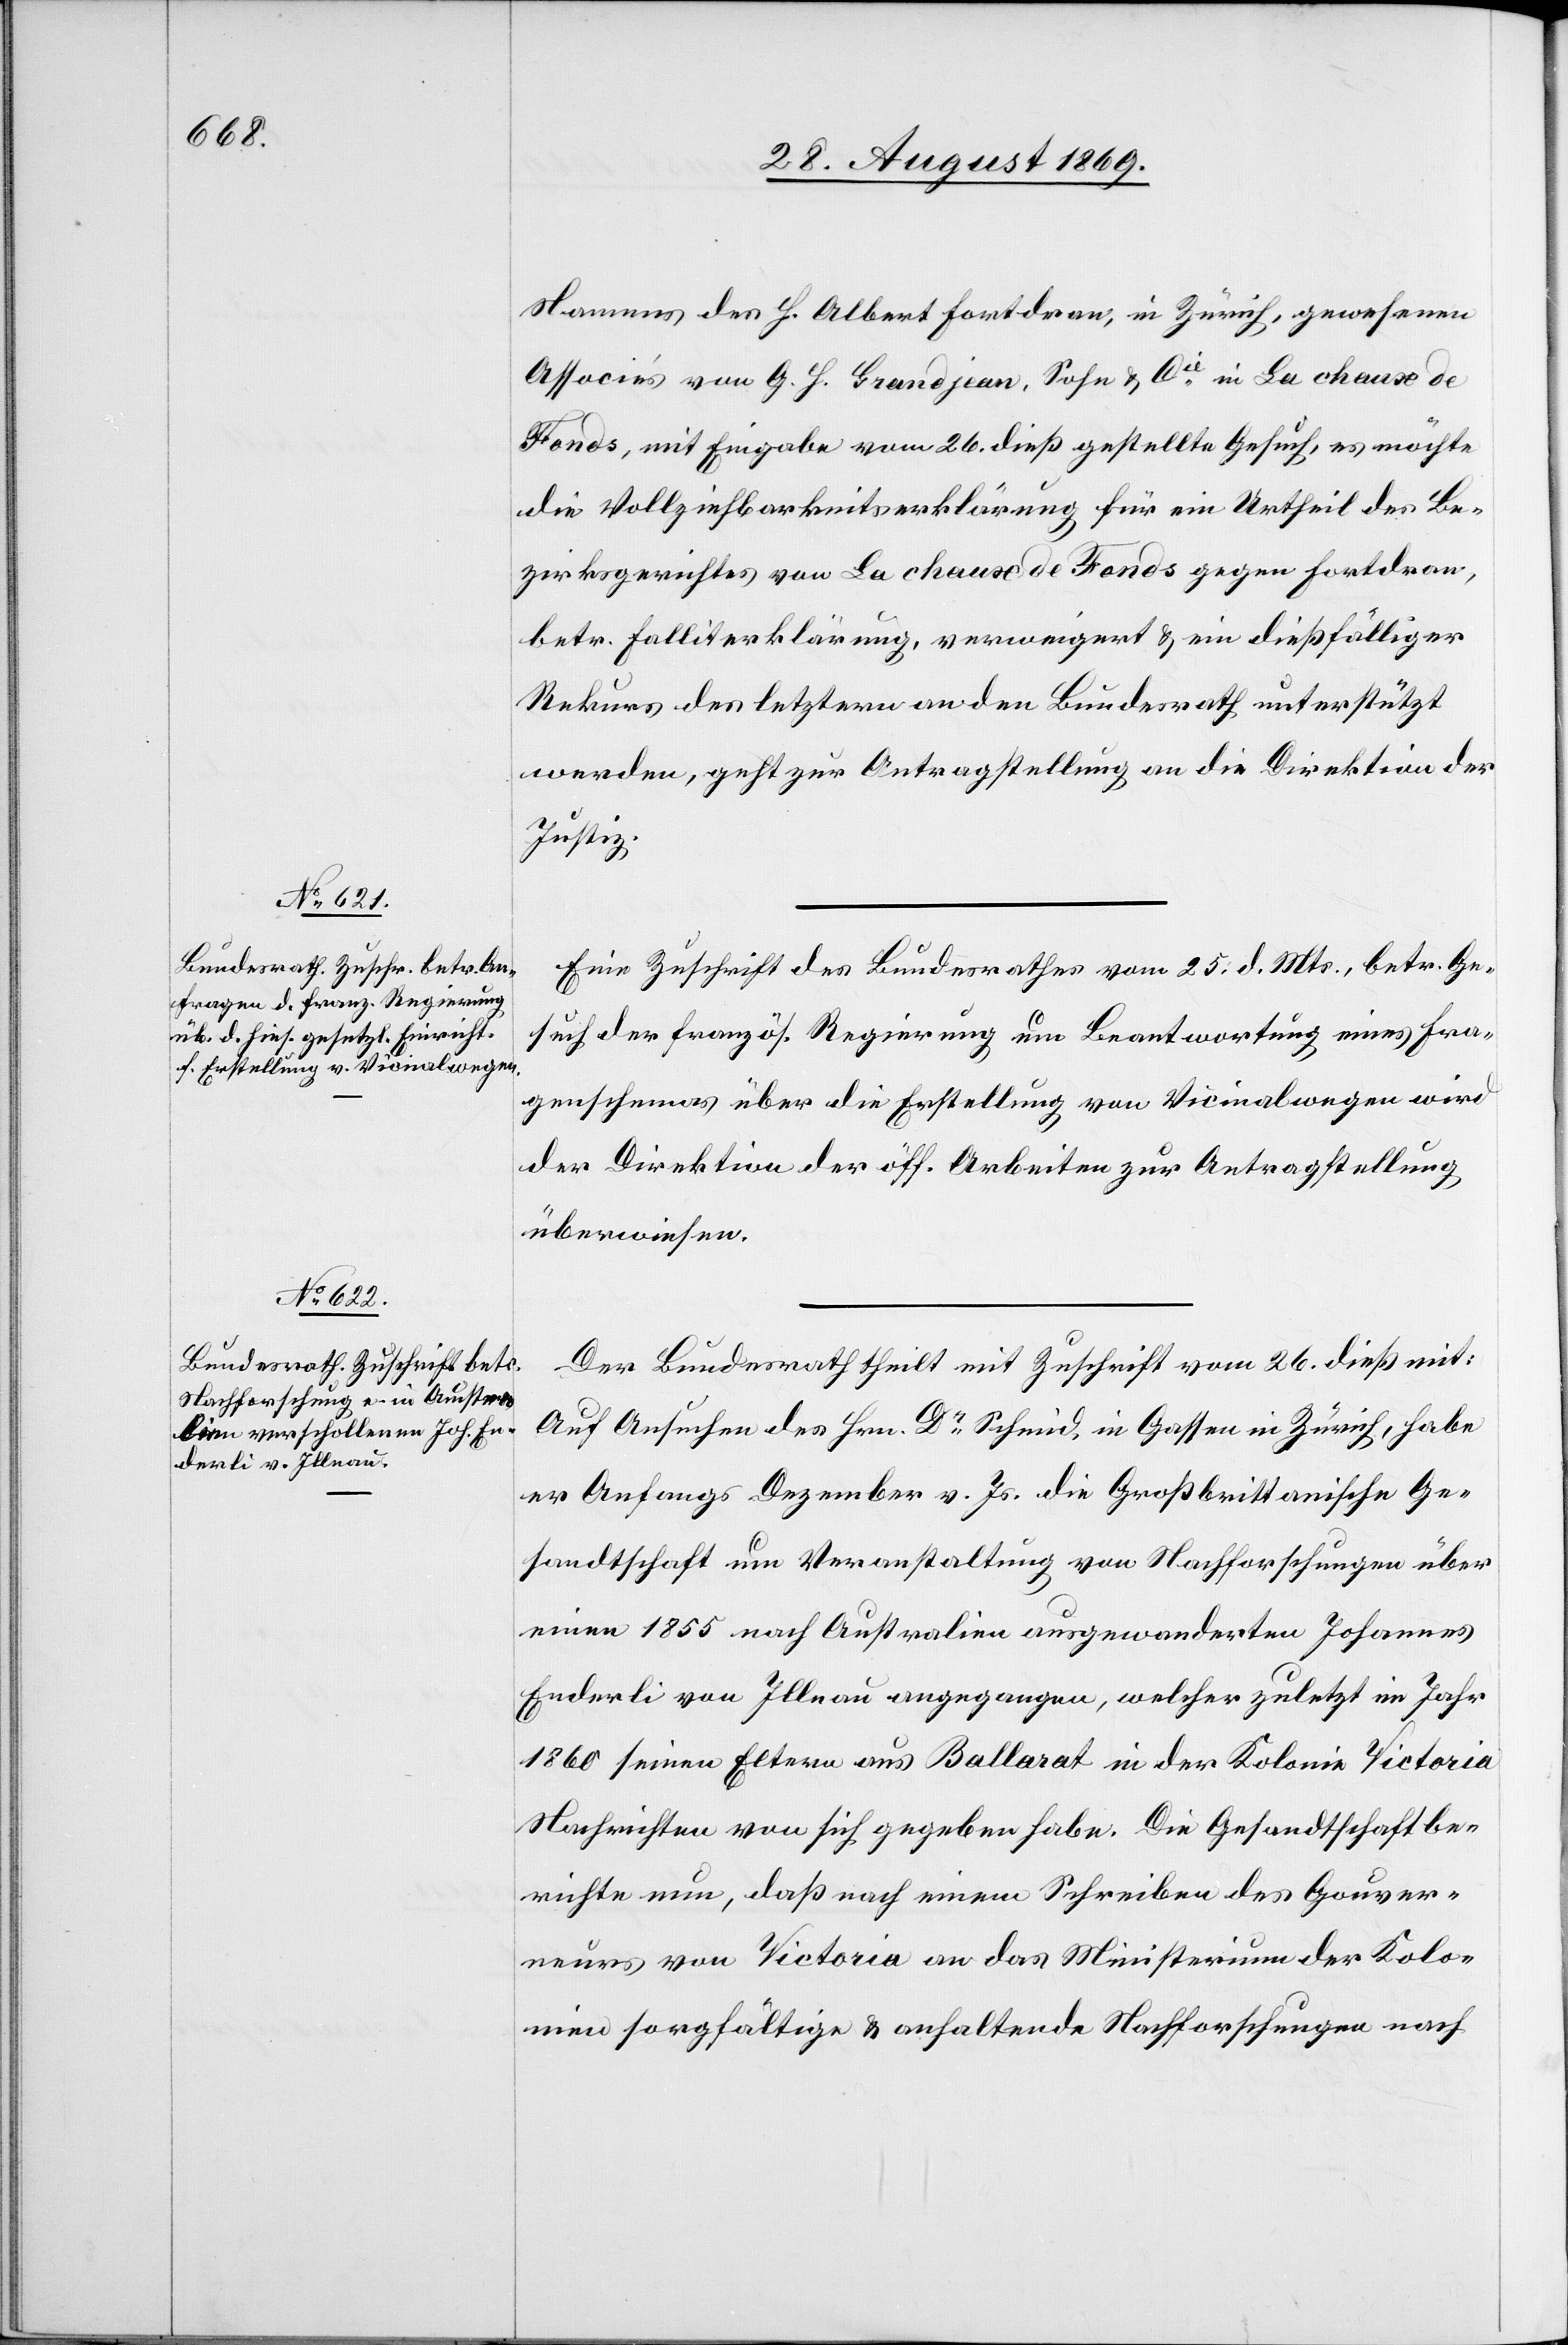
28. August 1869.]
Namens des H. Albert Fortdran, in Zürich, gewesenen
Associés von G. H. Grandjean, Sohn & Cie in La chaux de
Fonds, mit Eingabe vom 26. dieß gestellte Gesuch, es möchte
die Vollziehbarkeitserklärung für ein Urtheil des Be¬
zirksgerichtes von La chaux de Fonds gegen Fortdran,
betr. Falliterklärung, verweigert & ein dießfälliger
Rekurs des letztern an den Bundesrath unterstützt
werden, geht zur Antragstellung an die Direktion der
Justiz.
Eine Zuschrift des Bundesrathes vom 25. d. Mts., betr. Ge¬
such der französ. Regierung um Beantwortung eines Fra¬
genschemas über die Erstellung von Vicinalwegen wird
der Direktion der öff. Arbeiten zur Antragstellung
überwiesen.
Der Bundesrath theilt mit Zuschrift vom 26. dieß mit:
Auf Ansuchen des Hrn. Dr Schmid, in Gassen in Zürich, habe
er Anfangs Dezember v. Js. die Großbrittanische Ge¬
sandtschaft um Veranstaltung von Nachforschungen über
einen 1855 nach Australien ausgewanderten Johannes
Enderli von Illnau angegangen, welcher zuletzt im Jahr
1860 seinen Eltern aus Ballarat in der Kolonie Victoria
Nachrichten von sich gegeben habe. Die Gesandtschaft be¬
richte nun, daß nach einem Schreiben des Gouver¬
neurs von Victoria an das Ministerium der Kolo¬
nien sorgfältige & anhaltende Nachforschungen nach